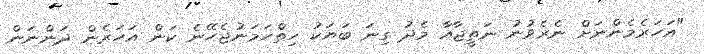
"އަހަރެމެންނަށް ނެރެވުނު ނަތީޖާއާ މެދު ގިނަ ބަޔަކު ހިތްހަމަނުޖެހޭނެ ކަން އަހަރެން ދަންނަން